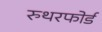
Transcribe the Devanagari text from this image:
रुथरफोर्ड